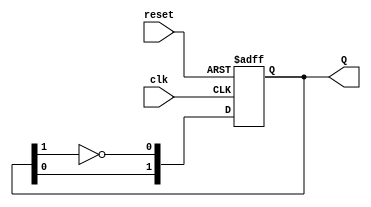
module dual_stage_johnson_counter (
    input wire clk,        // Clock signal
    input wire reset,      // Asynchronous reset signal
    output reg [1:0] Q     // 2-bit output representing the state
);

// State transition logic
always @(posedge clk or posedge reset) begin
    if (reset) begin
        Q <= 2'b00; // Initialize to state 00 on reset
    end else begin
        // Johnson counter logic
        Q[0] <= ~Q[1]; // D0 = NOT Q1
        Q[1] <= Q[0];  // D1 = Q0
    end
end

endmodule